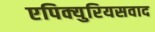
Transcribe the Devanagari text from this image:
एपिक्युरियसवाद